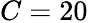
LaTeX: C=20